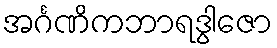
အင်္ဂဏိကဘာရဒွါဇော